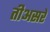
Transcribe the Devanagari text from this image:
तीअसरे